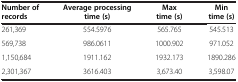
<table><thead><tr><td><b>Number of records</b></td><td><b>Average processing time (s)</b></td><td><b>Max time (s)</b></td><td><b>Min time (s)</b></td></tr></thead><tbody><tr><td>261,369</td><td>554.5976</td><td>565.765</td><td>545.513</td></tr><tr><td>569,738</td><td>986.0611</td><td>1000.902</td><td>971.052</td></tr><tr><td>1,150,684</td><td>1911.162</td><td>1932.173</td><td>1890.286</td></tr><tr><td>2,301,367</td><td>3616.403</td><td>3,673.40</td><td>3,598.07</td></tr></tbody></table>